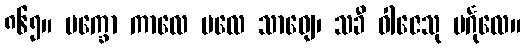
၈၆၅။ ပက္ခော ကာလေ ဗလေ သာဓျေ၊ သခီ ဝါဇေသု ပင်္ဂုလေ။